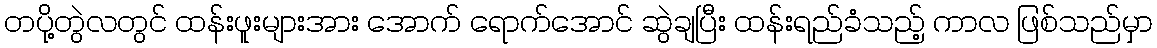
တပို့တွဲလတွင် ထန်းဖူးများအား အောက် ရောက်အောင် ဆွဲချပြီး ထန်းရည်ခံသည့် ကာလ ဖြစ်သည်မှာ